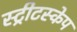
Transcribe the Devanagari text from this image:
स्ट्रीटस्केप